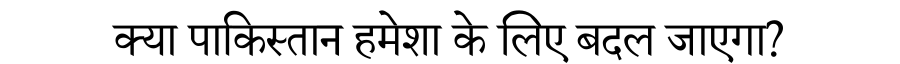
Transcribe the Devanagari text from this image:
क्या पाकिस्तान हमेशा के लिए बदल जाएगा?